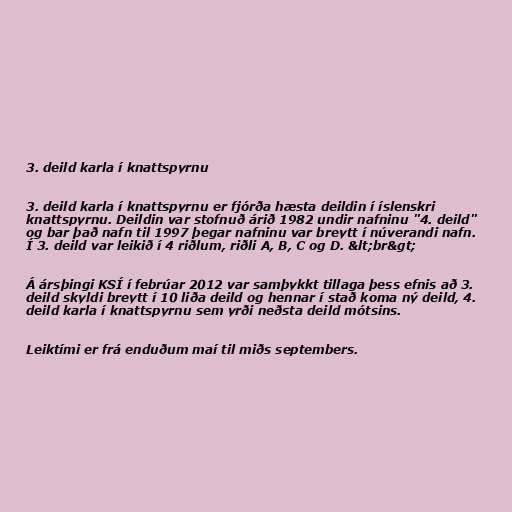
3. deild karla í knattspyrnu

3. deild karla í knattspyrnu er fjórða hæsta deildin í íslenskri
knattspyrnu. Deildin var stofnuð árið 1982 undir nafninu "4. deild"
og bar það nafn til 1997 þegar nafninu var breytt í núverandi nafn.
Í 3. deild var leikið í 4 riðlum, riðli A, B, C og D. &lt;br&gt;

Á ársþingi KSÍ í febrúar 2012 var samþykkt tillaga þess efnis að 3.
deild skyldi breytt í 10 liða deild og hennar í stað koma ný deild, 4.
deild karla í knattspyrnu sem yrði neðsta deild mótsins.

Leiktími er frá enduðum maí til miðs septembers.